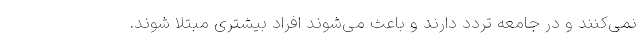
نمی‌کنند و در جامعه تردد دارند و باعث می‌شوند افراد بیشتری مبتلا شوند.